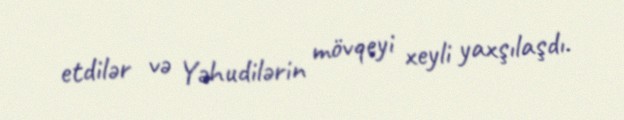
etdilər və Yəhudilərin mövqeyi xeyli yaxşılaşdı.